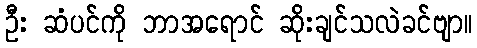
ဦး ဆံပင်ကို ဘာအရောင် ဆိုးချင်သလဲခင်ဗျာ။